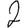
Digit: 2